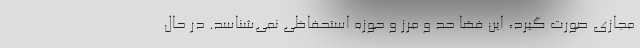
مجازی صورت گیرد، این فضا حد و مرز و حوزه استحفاظی نمی‌شناسد. در حال